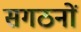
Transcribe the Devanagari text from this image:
सगठनों